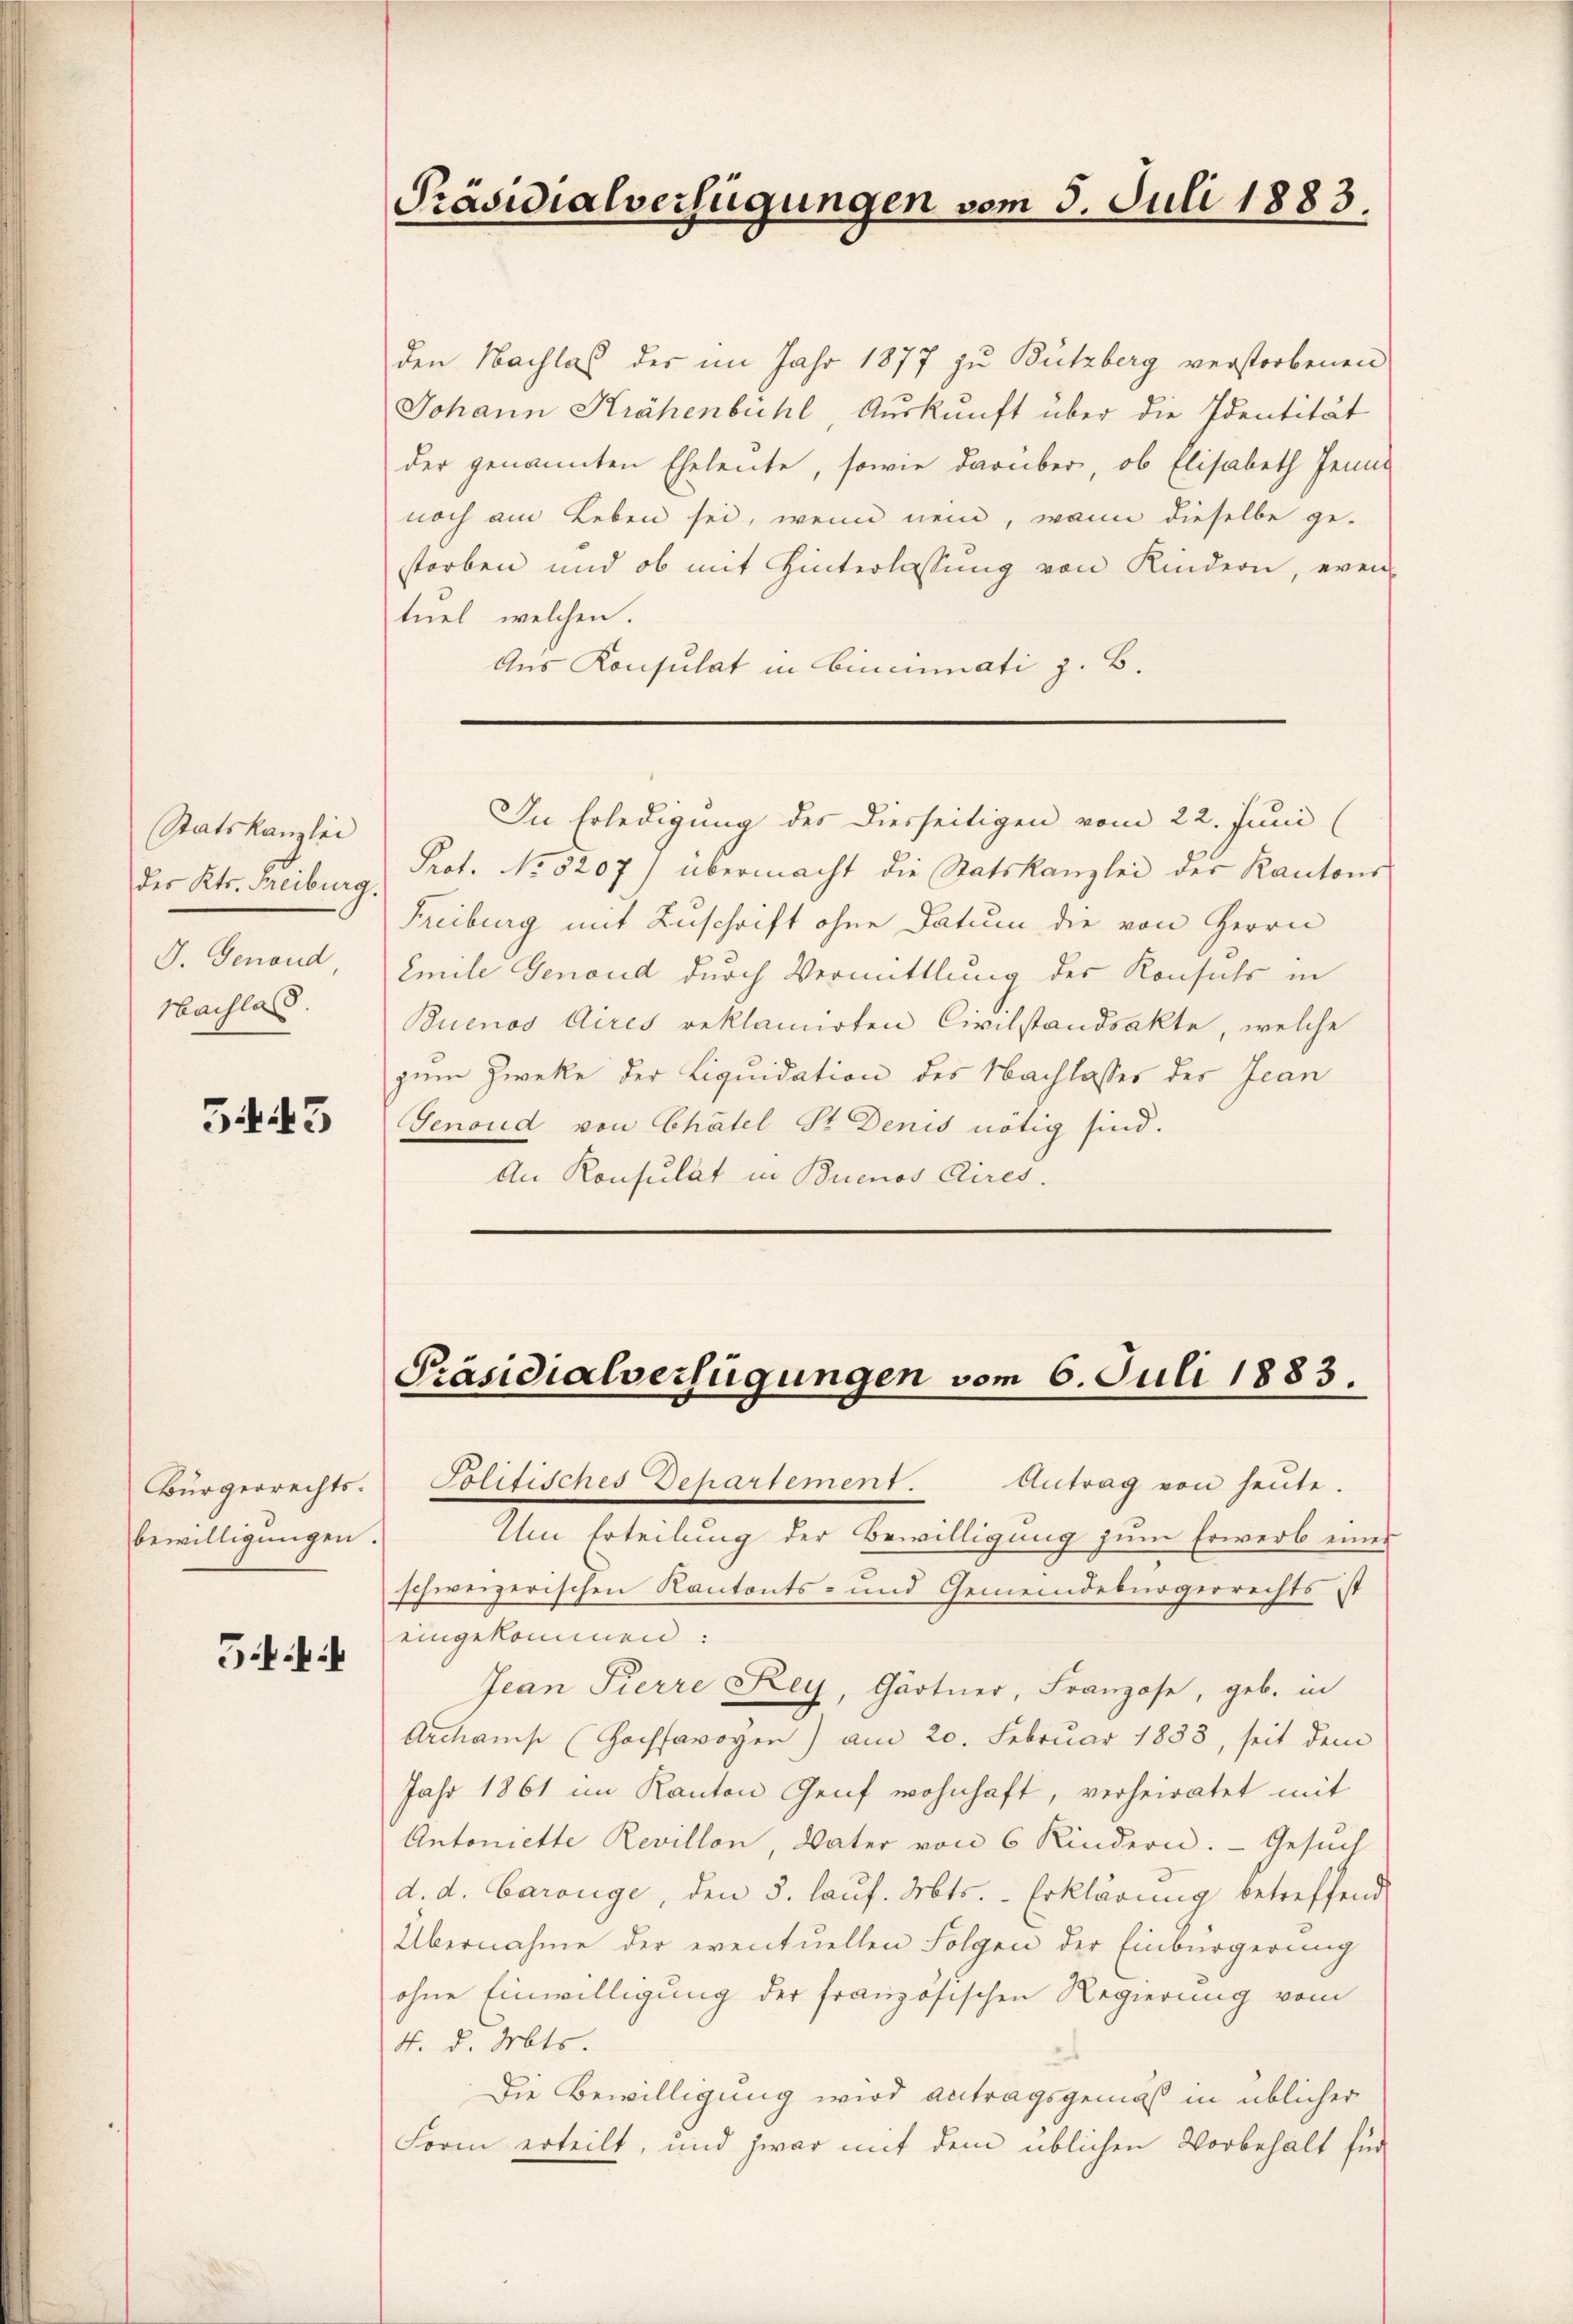
Statskanzlei
des Kts. Freiburg.
Hachlass.

3443

Bürgerrechts.
bewilligungen.

G.f.

Präsidialverfügungen vom 3. Juli 1883.

den Nachlas der im Jahr 1877 zu Butzberg verstorbenen
Johann Krähenbühl Auskunft über die Identität
der genannten Eheleute, sowie darüber, ob Elisabeth Jenne
noch am Leben sei, wenn nein, wenn dieselbe ge-
storben und ob mit Hinterlassŭng von Kindern, even-
tuel, welchen.
Aus Konsulat in Cincinati z. B.

Prof. No 5207) übermacht die Statskanzlei der Kantons
Freiburg mit Zuschrift ohne Datum die von Herrn
G. Genaud, Emile Genoud durch Vermittlung des Konsuls in
Buenos Aires reklamirten Civilstandsakte, welche
zum Zwecke der Liquidation des Nachlasses der Jean
Genoud von Chatel Sr. Denis nötig sind.
An Konsulat in Buenos Aires.

Politisches Departement. Antrag von heŭte.
Um Erteilung der Bewilligung zum Erwerb eines
schweizerischen Kantonts- und Gemeindebürgerrechts ist
eingekommen:
Jean Pierre Szey, Gärtner, Franzose, geb. in
Archams (Hochsavoyen) am 20. Februar 1833, seit dem
Jahr 1861 im Kanton Genf wohnhaft, verheiratet mit
Antoniette Revillon, Vater von 6 Kindern. Gesuch
d. d. Baronge, den 3. laŭf. Mts. Erklärung betreffend
Übernahme der eventuellen Folgen der Einbürgerung
ohne Einwilligung der französischen Regierung vom
4. d. Mts.
Die Bewilligung wird antragsgemäß in üblicher
Form erteilt, und zwar mit dem üblichen Vorbehalt für

In Erledigung der Diesseitigen vom 22. Juni

Präsidialverfügungen vom 6. Juli 1883.